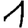
Digit: 1